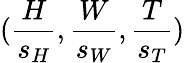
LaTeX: (\frac{H}{s_{H}},\frac{W}{s_{W}},\frac{T}{s_{T}})